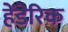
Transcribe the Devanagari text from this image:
हेंडेरिक